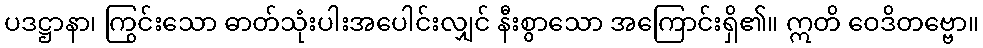
ပဒဋ္ဌာနာ၊ ကြွင်းသော ဓာတ်သုံးပါးအပေါင်းလျှင် နီးစွာသော အကြောင်းရှိ၏။ ဣတိ ဝေဒိတဗ္ဗော။